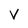
Character: V